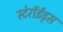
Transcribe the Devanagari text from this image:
स्टेरॉईड्स